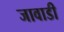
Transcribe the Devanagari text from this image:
जावाडी